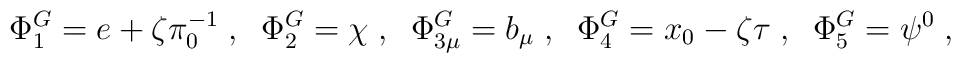
\Phi^G_{1} = e+\zeta \pi_{0}^{-1}\;,\;\;\Phi^G_2 = \chi\;,\;\;\Phi^G_{3\mu} = b_\mu\;,\;\;\Phi^G_4 = x_{0}-\zeta \tau\;,\;\;\Phi^G_5 = \psi^0\;,\;\;